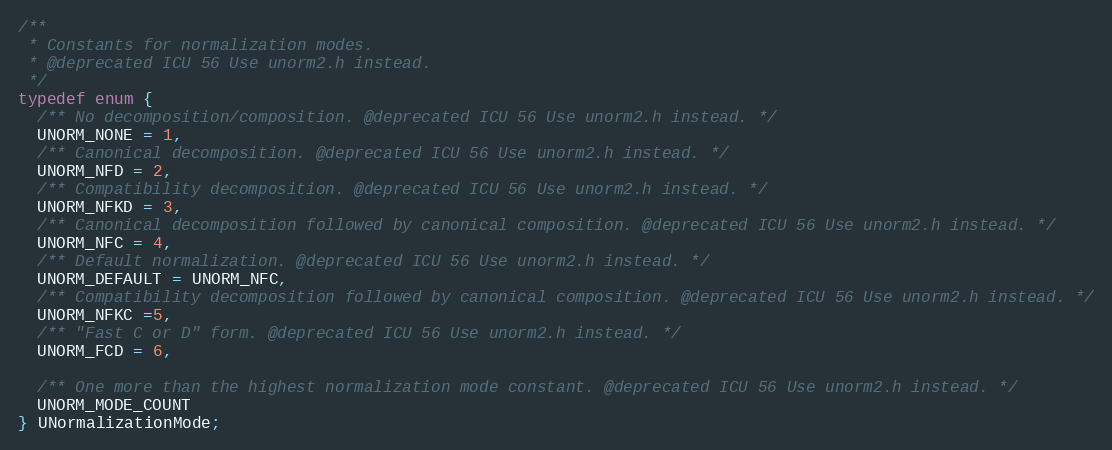
Language: C
/**
 * Constants for normalization modes.
 * @deprecated ICU 56 Use unorm2.h instead.
 */
typedef enum {
  /** No decomposition/composition. @deprecated ICU 56 Use unorm2.h instead. */
  UNORM_NONE = 1,
  /** Canonical decomposition. @deprecated ICU 56 Use unorm2.h instead. */
  UNORM_NFD = 2,
  /** Compatibility decomposition. @deprecated ICU 56 Use unorm2.h instead. */
  UNORM_NFKD = 3,
  /** Canonical decomposition followed by canonical composition. @deprecated ICU 56 Use unorm2.h instead. */
  UNORM_NFC = 4,
  /** Default normalization. @deprecated ICU 56 Use unorm2.h instead. */
  UNORM_DEFAULT = UNORM_NFC,
  /** Compatibility decomposition followed by canonical composition. @deprecated ICU 56 Use unorm2.h instead. */
  UNORM_NFKC =5,
  /** "Fast C or D" form. @deprecated ICU 56 Use unorm2.h instead. */
  UNORM_FCD = 6,

  /** One more than the highest normalization mode constant. @deprecated ICU 56 Use unorm2.h instead. */
  UNORM_MODE_COUNT
} UNormalizationMode;